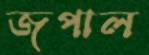
জপাল